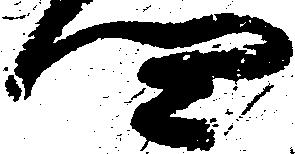
四